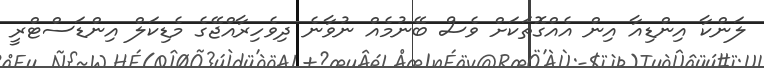
ލަންކާ އިންޑިއާ އިން އެއްގޮތަކަށް ވެސް ބޭނުމެއް ނުވާނެ ދިވެހިރާއްޖޭގެ މެޑިކަލް އިންޑަސްޓްރީ